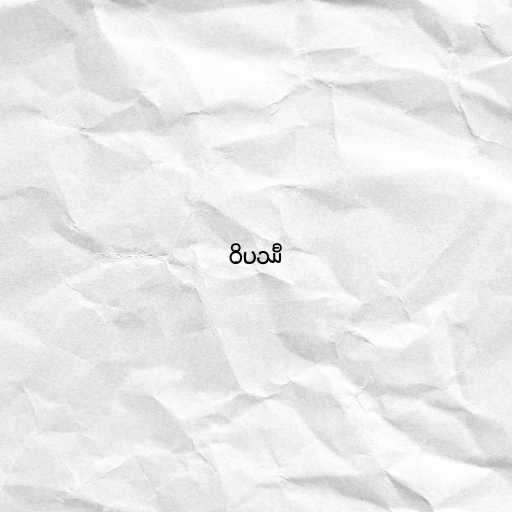
ဝိပဿီ